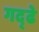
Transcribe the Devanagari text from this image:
गद्ढे